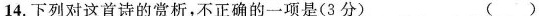
14.下列对这首诗的赏析，不正确的一项是(3分) ()